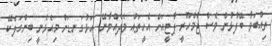
ތިއްބަވާ ބޭފުޅުން ވެސް ޖުމްހޫރީ ޕާޓީއަށް އެހީތައް ވެދެއްވާނޭ. އަޅުގަނޑަށް މިއެޅެނީ ބިންގަލެކޭ.